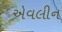
એવલીન